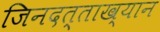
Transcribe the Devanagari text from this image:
जिनदत्ताख्यान